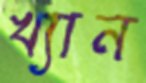
খ্যান